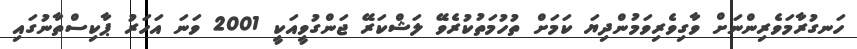
ހަނގުރާމަވެރިންނަށް ވާގިވެރިވަމުންދިޔަ ކަމަށް ތުހުމަތުކުރެވޭ ލަޝްކަރޭ ޖަންގުވީއަކީ 2001 ވަނަ އަހަރު ޕާކިސްތާނުގައި